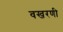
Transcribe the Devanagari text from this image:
वखरणी